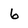
Character: 6